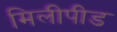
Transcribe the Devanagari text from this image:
मिलीपीड